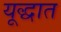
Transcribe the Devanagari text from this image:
यूद्धात